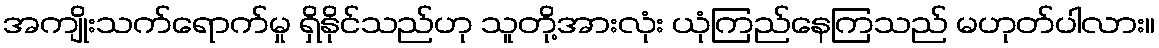
အကျိုးသက်ရောက်မှု ရှိနိုင်သည်ဟု သူတို့အားလုံး ယုံကြည်နေကြသည် မဟုတ်ပါလား။